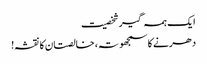
ا یک ہمہ گیر شخصیت
دھرنے کا سمجھوتہ، خالصتان کا نقشہ!